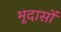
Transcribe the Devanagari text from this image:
भूदासों